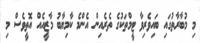
މި މުބާރާތުގައި ބައިވެރިވާ ޓީމްތަކުގެ ތެރެއިން އެންމެ ކާމިޔާބު މާޒީއެއް އޮތީވެސް މި